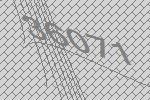
36071